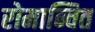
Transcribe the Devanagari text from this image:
रोमान्चित